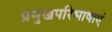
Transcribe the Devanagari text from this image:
प्रमुखपरिभाषाएं